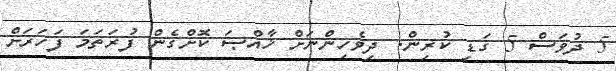
5 ދުވަސް 5 ގަޑި ކުރިން. ދިވެހިންނަށް ޚާއްޞަ ކޮށްގެން ފުރަތަމަ ފަހަރަށް